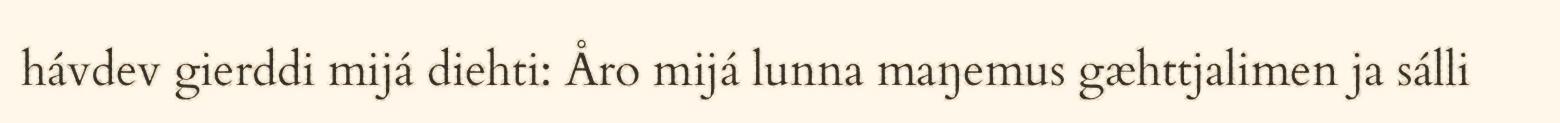
hávdev gierddi mijá diehti: Åro mijá lunna maŋemus gæhttjalimen ja sálli